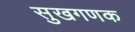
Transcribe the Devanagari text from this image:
सुखगणक